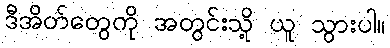
ဒီအိတ်တွေကို အတွင်းသို့ ယူ သွားပါ။